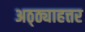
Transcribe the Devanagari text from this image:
अठ्ठ्याहत्तर